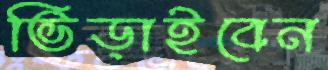
ভিড়াইবেন